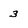
Character: 3